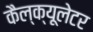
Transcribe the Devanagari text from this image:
कैल्क्यूलेटर